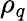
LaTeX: \rho_{q}